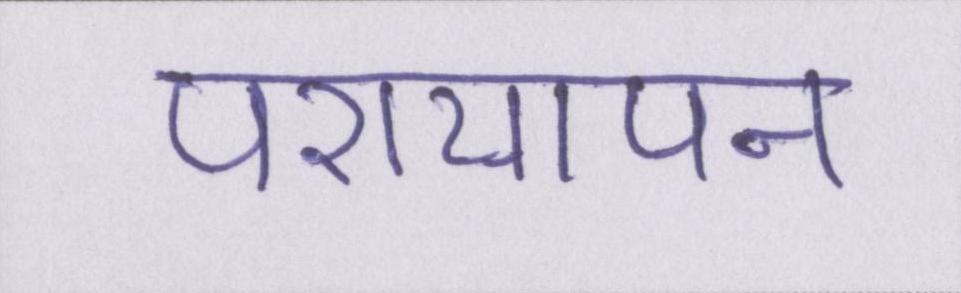
परायापन